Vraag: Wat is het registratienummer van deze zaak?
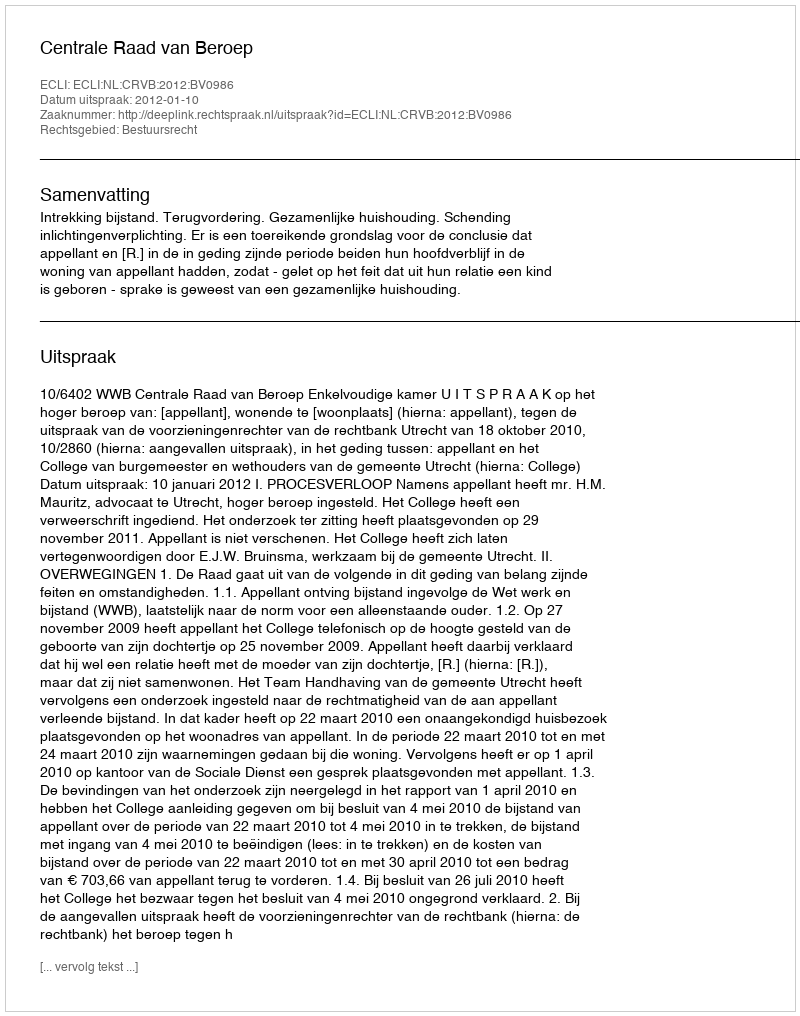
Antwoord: http://deeplink.rechtspraak.nl/uitspraak?id=ECLI:NL:CRVB:2012:BV0986